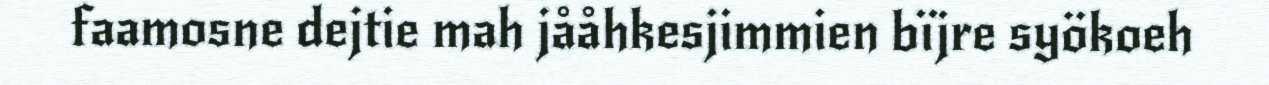
faamosne dejtie mah jååhkesjimmien bïjre syökoeh